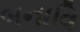
બનાવિ